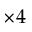
\times 4